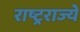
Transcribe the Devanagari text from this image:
राष्ट्रराज्ये